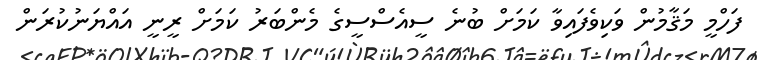
ފަހްމީ މަޤާމުން ވަކިވެފައިވާ ކަމަށް ބުނެ ސީއެސްސީގެ މެންބަރު ކަމަށް ރީނީ އައްޔަނުކުރަން